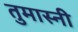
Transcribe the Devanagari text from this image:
तुमास्नी